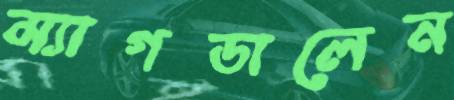
ম্যাগডালেন